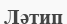
Ләтип